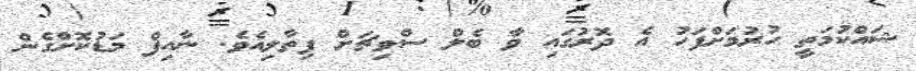
ޝައްކުމަތީ ހުރުމަށްފަހު އެ ދޮރުގައި ވާ ބެލް ސްވިޗަށް ފިތާލިއެވެ. ނާއިފް މަޑުކޮށްގެން